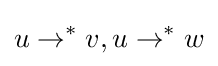
u\to ^{*}v,u\to ^{*}w